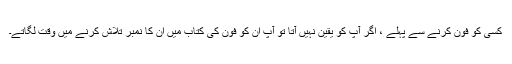
کسی کو فون کرنے سے پہلے ، اگر آپ کو یقین نہیں آتا تو آپ ان کو فون کی کتاب میں ان کا نمبر تلاش کرنے میں وقت لگاتے۔